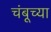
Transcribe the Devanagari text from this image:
चंबूच्या